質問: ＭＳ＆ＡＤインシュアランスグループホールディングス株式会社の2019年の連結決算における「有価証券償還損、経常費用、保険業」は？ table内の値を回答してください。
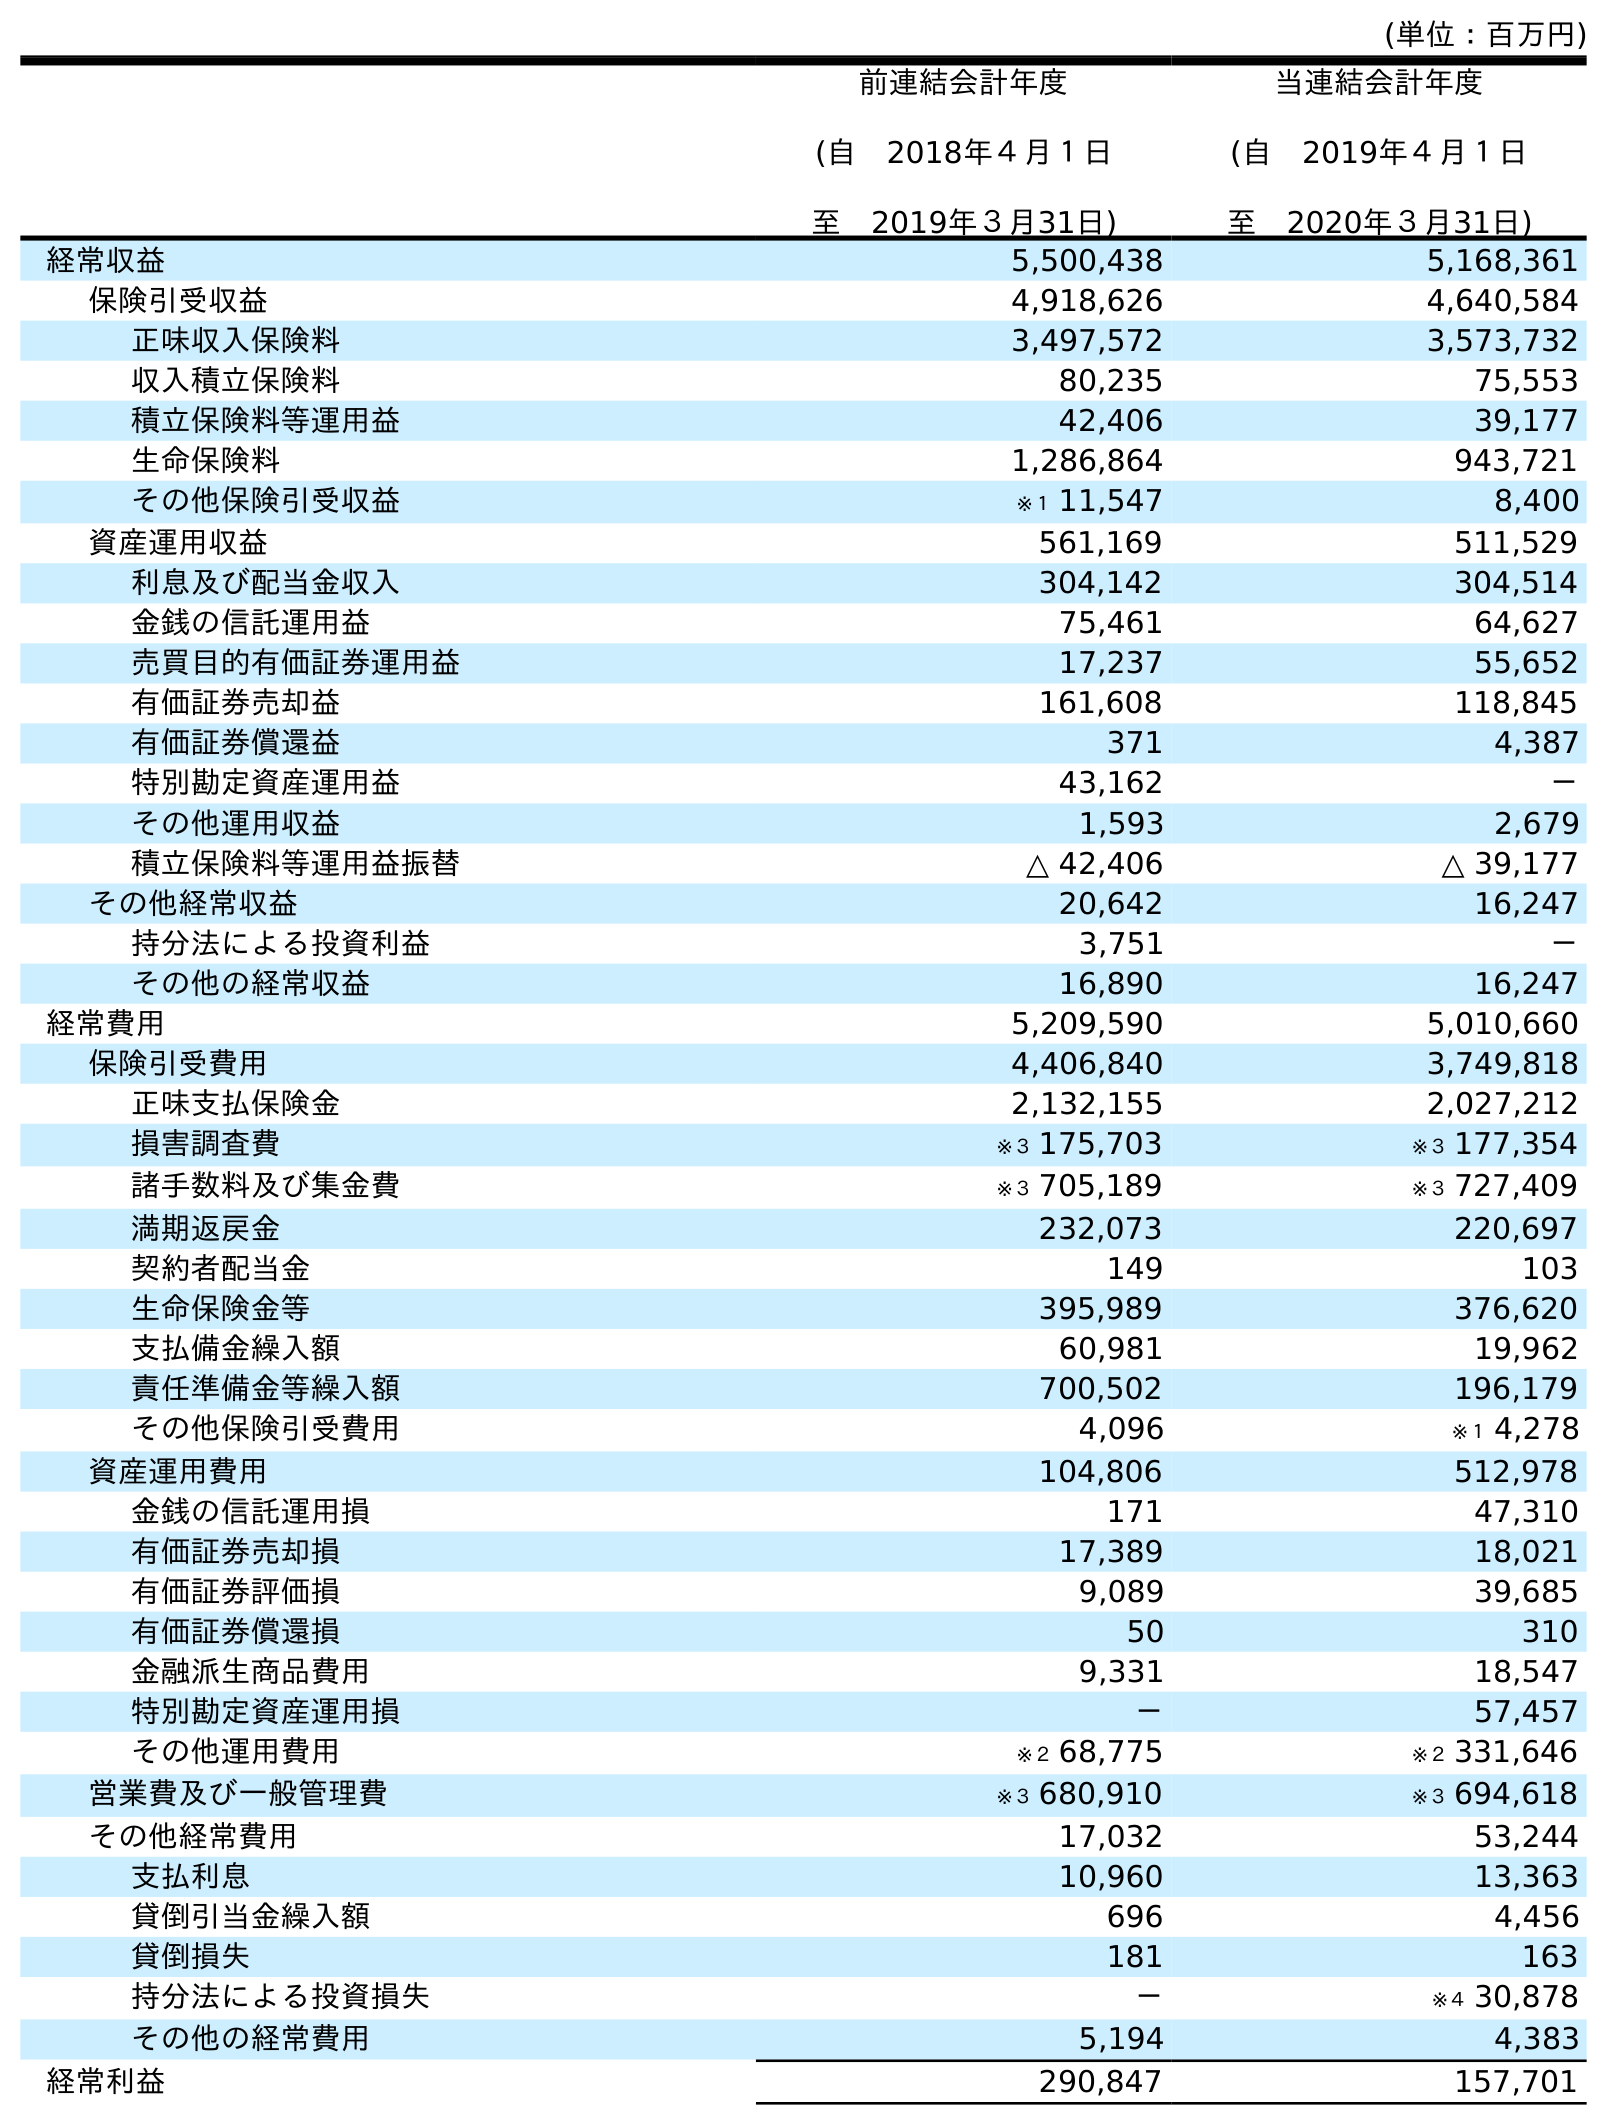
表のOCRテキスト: (単位：百万円) 前連結会計年度 (自 2018年４月１日 至 2019年３月31日) 当連結会計年度 (自 2019年４月１日 至 2020年３月31日) 経常収益 5,500,438 5,168,361 保険引受収益 4,918,626 4,640,584 正味収入保険料 3,497,572 3,573,732 収入積立保険料 80,235 75,553 積立保険料等運用益 42,406 39,177 生命保険料 1,286,864 943,721 その他保険引受収益 ※１ 11,547 8,400 資産運用収益 561,169 511,529 利息及び配当金収入 304,142 304,514 金銭の信託運用益 75,461 64,627 売買目的有価証券運用益 17,237 55,652 有価証券売却益 161,608 118,845 有価証券償還益 371 4,387 特別勘定資産運用益 43,162 － その他運用収益 1,593 2,679 積立保険料等運用益振替 △ 42,406 △ 39,177 その他経常収益 20,642 16,247 持分法による投資利益 3,751 － その他の経常収益 16,890 16,247 経常費用 5,209,590 5,010,660 保険引受費用 4,406,840 3,749,818 正味支払保険金 2,132,155 2,027,212 損害調査費 ※３ 175,703 ※３ 177,354 諸手数料及び集金費 ※３ 705,189 ※３ 727,409 満期返戻金 232,073 220,697 契約者配当金 149 103 生命保険金等 395,989 376,620 支払備金繰入額 60,981 19,962 責任準備金等繰入額 700,502 196,179 その他保険引受費用 4,096 ※１ 4,278 資産運用費用 104,806 512,978 金銭の信託運用損 171 47,310 有価証券売却損 17,389 18,021 有価証券評価損 9,089 39,685 有価証券償還損 50 310 金融派生商品費用 9,331 18,547 特別勘定資産運用損 － 57,457 その他運用費用 ※２ 68,775 ※２ 331,646 営業費及び一般管理費 ※３ 680,910 ※３ 694,618 その他経常費用 17,032 53,244 支払利息 10,960 13,363 貸倒引当金繰入額 696 4,456 貸倒損失 181 163 持分法による投資損失 － ※４ 30,878 その他の経常費用 5,194 4,383 経常利益 290,847 157,701
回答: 50